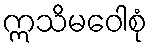
ဣသိမဝေါစုံ